Indian journal of veterinary science and animal husbandry - Volume 4,
Year: 1934
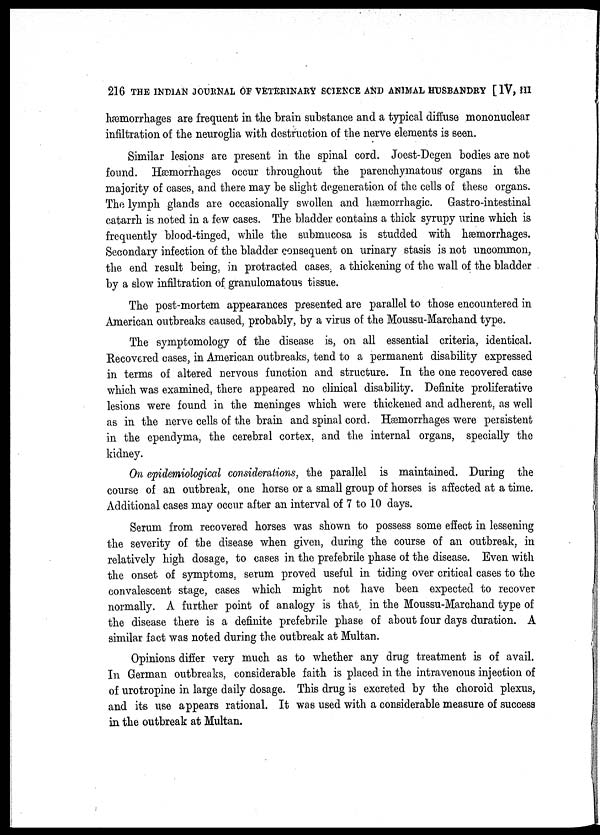
216 THE INDIAN JOURNAL OF VETERINARY SCIENCE AND ANIMAL HUSBANDRY [IV, III
hæmorrhages are frequent in the brain substance and a typical diffuse mononuclear
infiltration of the neuroglia with destruction of the nerve elements is seen.
Similar lesions are present in the spinal cord. Joest-Degen bodies are not
found. Hæmorrhages occur throughout the parenchymatous organs in the
majority of cases, and there may be slight degeneration of the cells of these organs.
The lymph glands are occasionally swollen and hæmorrhagic. Gastro-intestinal
catarrh is noted in a few cases. The bladder contains a thick syrupy urine which is
frequently blood-tinged, while the submucosa is studded with hæmorrhages.
Secondary infection of the bladder consequent on urinary stasis is not uncommon,
the end result being, in protracted cases a thickening of the wall of the bladder
by a slow infiltration of granulomatous tissue.
The post-mortem appearances presented are parallel to those encountered in
American outbreaks caused, probably, by a virus of the Moussu-Marchand type.
The symptomology of the disease is, on all essential criteria, identical.
Recovered cases, in American outbreaks, tend to a permanent disability expressed
in terms of altered nervous function and structure. In the one recovered case
which was examined, there appeared no clinical disability. Definite proliferative
lesions were found in the meninges which were thickened and adherent, as well
as in the nerve cells of the brain and spinal cord. Hæmorrhages were persistent
in the ependyma, the cerebral cortex, and the internal organs, specially the
kidney.
On epidemiological considerations, the parallel is maintained. During the
course of an outbreak, one horse or a small group of horses is affected at a time.
Additional cases may occur after an interval of 7 to 10 days.
Serum from recovered horses was shown to possess some effect in lessening
the severity of the disease when given, during the course of an outbreak, in
relatively high dosage, to cases in the prefebrile phase of the disease. Even with
the onset of symptoms, serum proved useful in tiding over critical cases to the
convalescent stage, cases which might not have been expected to recover
normally. A further point of analogy is that in the Moussu-Marchand type of
the disease there is a definite prefebrile phase of about four days duration. A
similar fact was noted during the outbreak at Multan.
Opinions differ very much as to whether any drug treatment is of avail.
In German outbreaks, considerable faith is placed in the intravenous injection of
of urotropine in large daily dosage. This drug is excreted by the choroid plexus,
and its use appears rational. It was used with a considerable measure of success
in the outbreak at Multan.